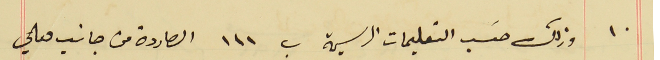
١٠ وذلك حسَب التعليمات الرسمية ب ١١١ الصادرة من جانب معالي